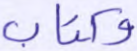
وكتاب